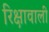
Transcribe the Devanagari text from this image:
रिक्षावाली